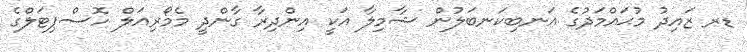
ޑރ ޒައިދު މުޙައްމަދުގެ އަނބިކަނބަލުން ޝާމިލާ އަކީ އިންދިރާ ގާންދީ މެމޯރިއަލް ހޮސްޕިޓަލްގެ